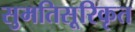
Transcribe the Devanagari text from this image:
सुमतिसूरिकृत